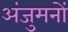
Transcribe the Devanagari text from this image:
अंजुमनों